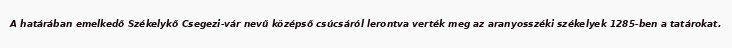
A határában emelkedő Székelykő Csegezi-vár nevű középső csúcsáról lerontva verték meg az aranyosszéki székelyek 1285-ben a tatárokat.